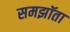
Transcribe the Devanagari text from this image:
समझॉता